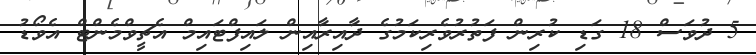
5 ދުވަސް 18 ގަޑި ކުރިން ފަތުރުވެރިކަމުގެެ ދާއިރާއިން ލައިފްޓައިމް އެޗީވްމެންޓް އެވޯޑު